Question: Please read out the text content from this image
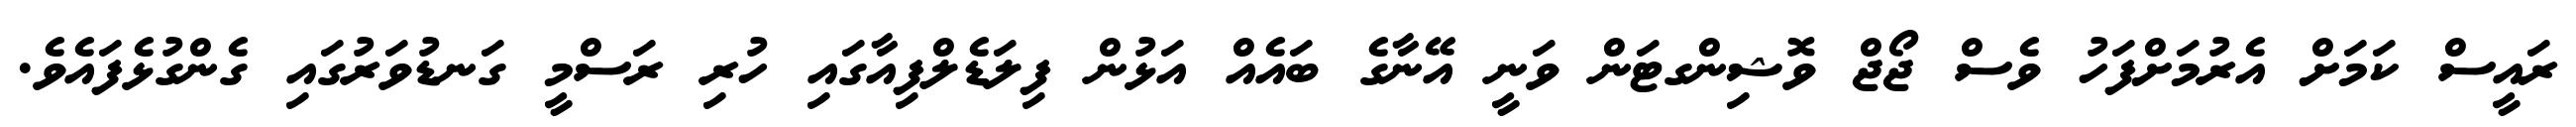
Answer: ރައީސް ކަމަށް އެރުމަށްފަހު ވެސް ޖޯޖް ވޮޝިންގޓަން ވަނީ އޭނާގެ ބައެއް އަޅުން ފިލަޑެލްފިއާގައި ހުރި ރަސްމީ ގަނޑުވަރުގައި ގެންގުޅެފައެވެ.